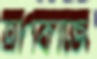
ত্রাণকাজে